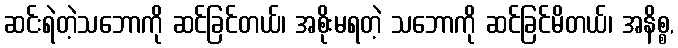
ဆင်းရဲတဲ့သဘောကို ဆင်ခြင်တယ်၊ အစိုးမရတဲ့ သဘောကို ဆင်ခြင်မိတယ်၊ အနိစ္စ,